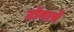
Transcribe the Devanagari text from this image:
टॉनाचे